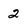
Character: 2